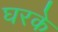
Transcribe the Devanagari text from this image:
घरके